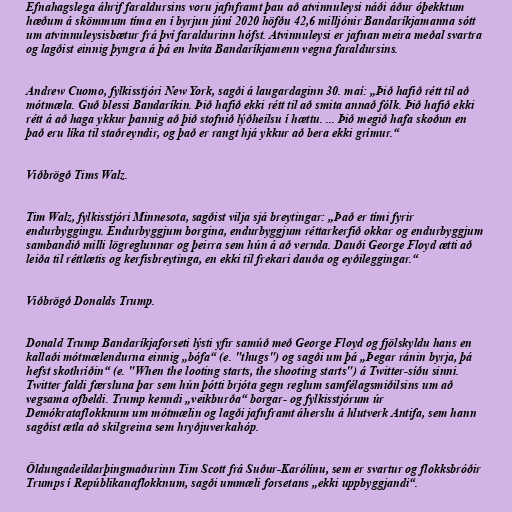
Efnahagslega áhrif faraldursins voru jafnframt þau að atvinnuleysi náði áður óþekktum
hæðum á skömmum tíma en í byrjun júní 2020 höfðu 42,6 milljónir Bandaríkjamanna sótt
um atvinnuleysisbætur frá því faraldurinn hófst. Atvinnuleysi er jafnan meira meðal svartra
og lagðist einnig þyngra á þá en hvíta Bandaríkjamenn vegna faraldursins.

Andrew Cuomo, fylkisstjóri New York, sagði á laugardaginn 30. maí: „Þið hafið rétt til að
mótmæla. Guð blessi Bandaríkin. Þið hafið ekki rétt til að smita annað fólk. Þið hafið ekki
rétt á að haga ykkur þannig að þið stofnið lýðheilsu í hættu. ... Þið megið hafa skoðun en
það eru líka til staðreyndir, og það er rangt hjá ykkur að bera ekki grímur.“

Viðbrögð Tims Walz.

Tim Walz, fylkisstjóri Minnesota, sagðist vilja sjá breytingar: „Það er tími fyrir
endurbyggingu. Endurbyggjum borgina, endurbyggjum réttarkerfið okkar og endurbyggjum
sambandið milli lögreglunnar og þeirra sem hún á að vernda. Dauði George Floyd ætti að
leiða til réttlætis og kerfisbreytinga, en ekki til frekari dauða og eyðileggingar.“

Viðbrögð Donalds Trump.

Donald Trump Bandaríkjaforseti lýsti yfir samúð með George Floyd og fjölskyldu hans en
kallaði mótmælendurna einnig „bófa“ (e. "thugs") og sagði um þá „Þegar ránin byrja, þá
hefst skothríðin“ (e. "When the looting starts, the shooting starts") á Twitter-síðu sinni.
Twitter faldi færsluna þar sem hún þótti brjóta gegn reglum samfélagsmiðilsins um að
vegsama ofbeldi. Trump kenndi „veikburða“ borgar- og fylkisstjórum úr
Demókrataflokknum um mótmælin og lagði jafnframt áherslu á hlutverk Antifa, sem hann
sagðist ætla að skilgreina sem hryðjuverkahóp.

Öldungadeildarþingmaðurinn Tim Scott frá Suður-Karólínu, sem er svartur og flokksbróðir
Trumps í Repúblikanaflokknum, sagði ummæli forsetans „ekki uppbyggjandi“.